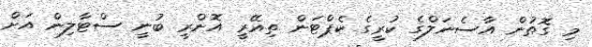
މި ގޮތުން އާސެނަލްގެ ކުރީގެ ކެޕްޓަން ތިއޭރީ އޮންރީ ބުނީ ސްޓާލިން އަށް